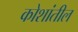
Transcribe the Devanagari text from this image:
कोशांतील